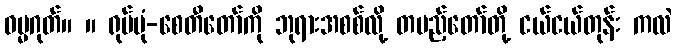
ဓမ္မဂုတ်။ ။ ရုပ်ပုံ-စေတီတော်ကို ဘုရားအစစ်လို့ တပည့်တော်တို့ ငယ်ငယ်တုန်း ကလဲ